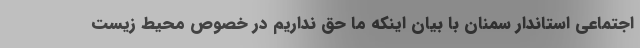
اجتماعی استاندار سمنان با بیان اینکه ما حق نداریم در خصوص محیط زیست